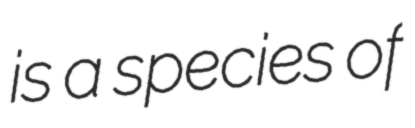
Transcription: is a species of